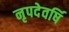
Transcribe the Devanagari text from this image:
नृपदेवर्षि